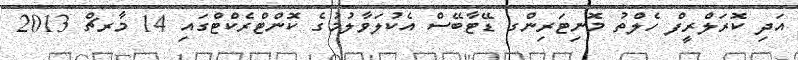
އަދި ކޮރަލްރީފް ހެލްތު މޮނިޓަރިންގ ޑޭޓާބޭސް އެކުލަވާލުމުގެ ކޮންޓްރެކްޓްގައި 14 މާރޗް 2013